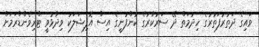
ވައިގެ ދަތުރުފަތުރުގެ ހިދުމަތް ދޭ ސަރުކާރުގެ ކުންފުނީގެ އިސް އޮފިޝަލަކު ވިދާޅުވީ ޓްރިވެންޑްރަމަށް